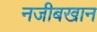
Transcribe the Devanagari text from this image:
नजीबखान